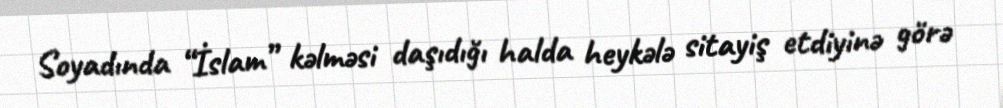
Soyadında “İslam” kəlməsi daşıdığı halda heykələ sitayiş etdiyinə görə